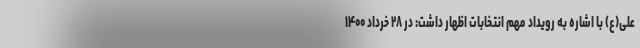
علی(ع) با اشاره به رویداد مهم انتخابات اظهار داشت: در ۲۸ خرداد ۱۴۰۰